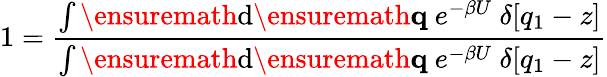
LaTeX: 1=\frac{\int\ensuremath{\mathrm{d}}\ensuremath{\mathbf{q}}\ e^{-\beta U}\ \delta[q_{1}-z]}{\int\ensuremath{\mathrm{d}}\ensuremath{\mathbf{q}}\ e^{-\beta U}\ \delta[q_{1}-z]}